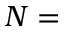
N =